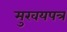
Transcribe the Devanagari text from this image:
मुखयपत्र